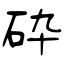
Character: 砕